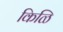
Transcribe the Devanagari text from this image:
किळि